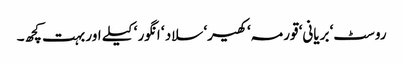
روسٹ‘ بریانی‘ قورمہ‘ کھیر‘ سلاد ‘ انگور ‘ کیلے اور بہت کچھ۔